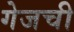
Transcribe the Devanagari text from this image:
गेजची